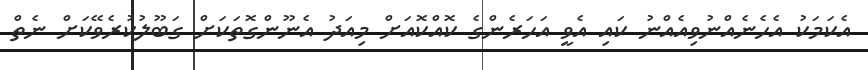
އެކަމަކު އެހެނެއްނުވިއެއްނު ކައި އެވީ އަހަރެންގެ ކޮއްކޮއަށް މިއަދު އެނޫންގޮތަކަށް ގަބޫލުކުރެވޭކަށް ނެތް